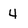
Character: 4